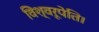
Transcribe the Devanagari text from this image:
विश्वरूपेति।